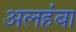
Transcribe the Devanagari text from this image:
अलहंबा